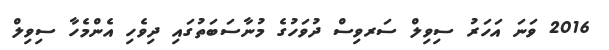
2016 ވަނަ އަހަރު ސިވިލް ސަރވިސް ދުވަހުގެ މުނާސަބަތުގައި ދިވެހި އެންމެހާ ސިވިލް